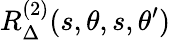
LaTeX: R_{\Delta}^{(2)}(s,\theta,s,\theta^{\prime})